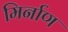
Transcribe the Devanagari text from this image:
मिर्नाण